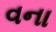
વના